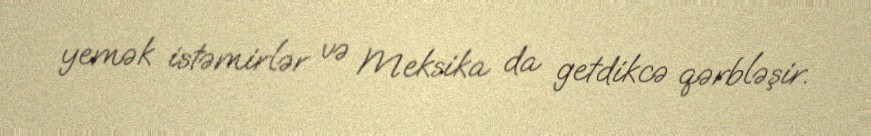
yemək istəmirlər və Meksika da getdikcə qərbləşir.